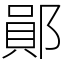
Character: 鄖